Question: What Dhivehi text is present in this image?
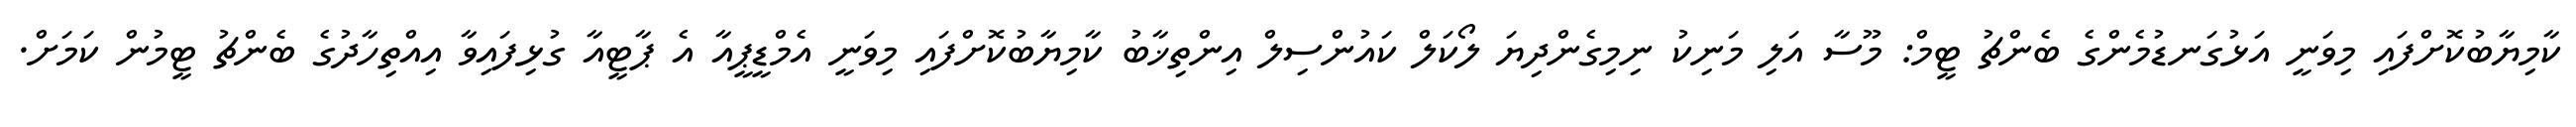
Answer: ކާމިޔާބުކޮށްފައި މިވަނީ އަޅުގަނޑުމެންގެ ބެންޗު ޓީމް: މޫސާ އަލި މަނިކު ނިމިގެންދިޔަ ލޯކަލް ކައުންސިލް އިންތިޚާބު ކާމިޔާބުކޮށްފައި މިވަނީ އެމްޑީޕީއާ އެ ޕާޓީއާ ގުޅިފައިވާ އިއްތިހާދުގެ ބެންޗު ޓީމުން ކަމަށް.